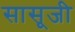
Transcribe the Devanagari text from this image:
सासूजी